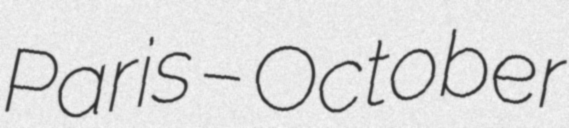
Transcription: Paris – October